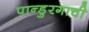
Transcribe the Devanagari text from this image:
पान्डुरगाची